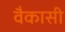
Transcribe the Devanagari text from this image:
वैकासी